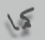
كما